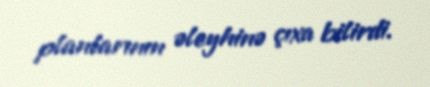
planlarının əleyhinə çıxa bilirdi.